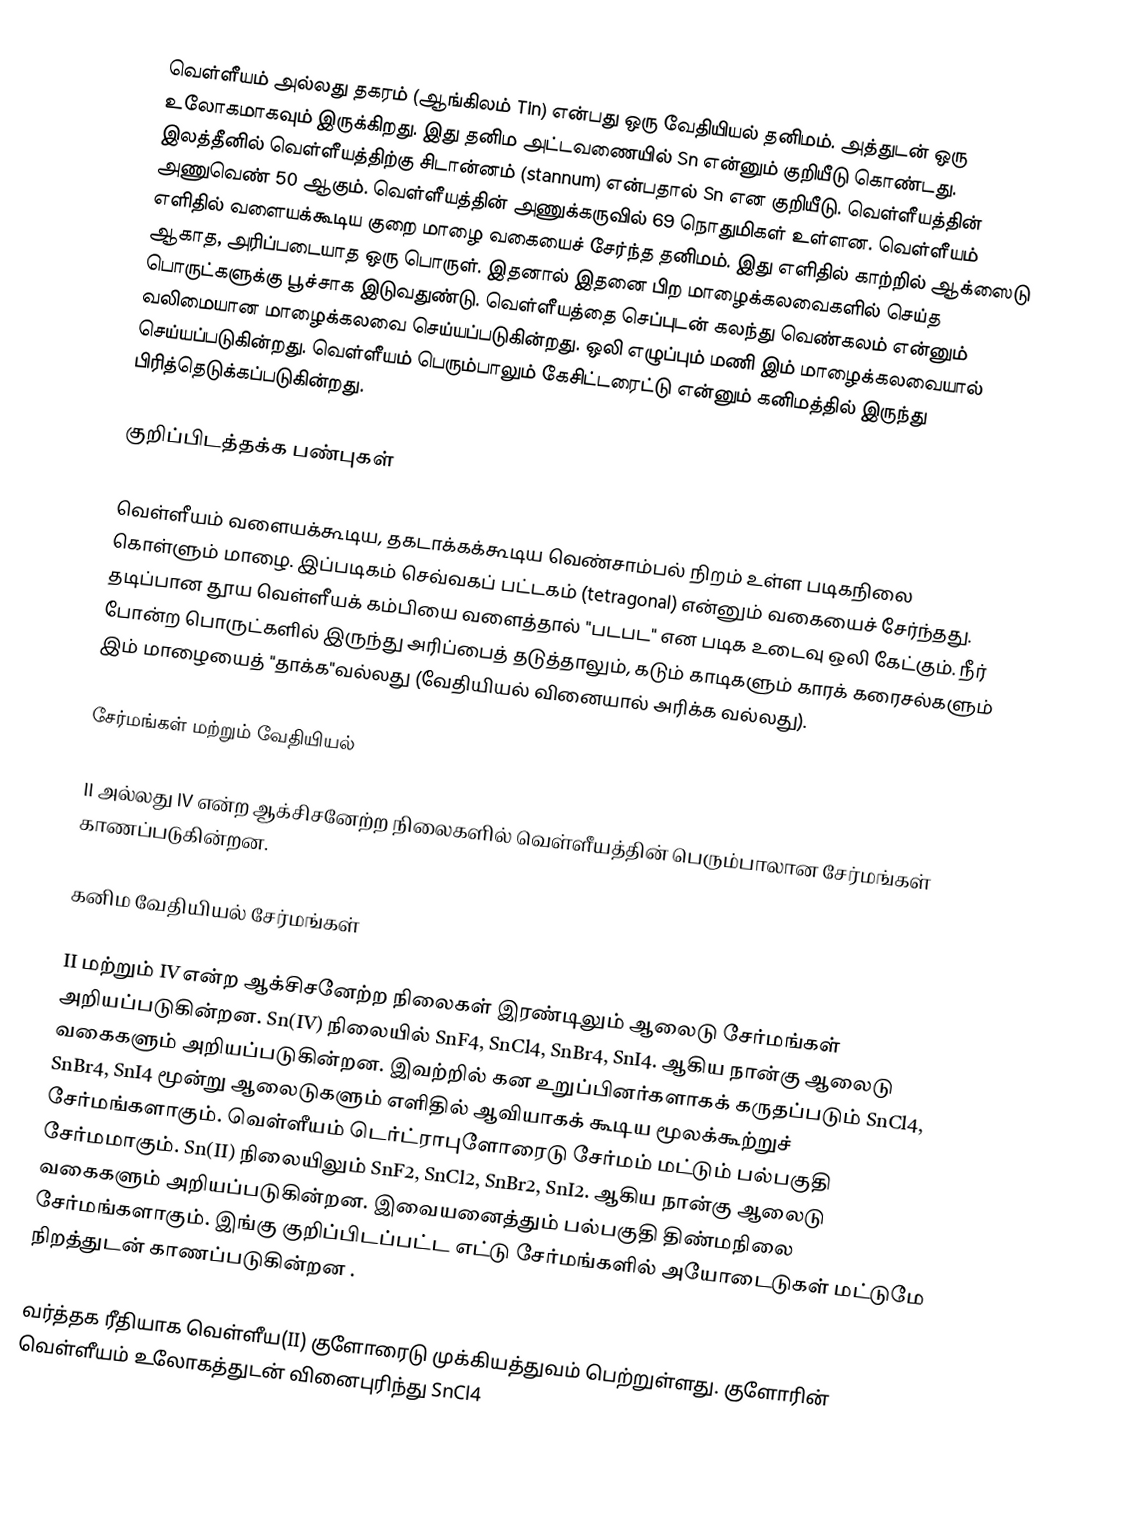
வெள்ளீயம் அல்லது தகரம் (ஆங்கிலம் Tin) என்பது ஒரு வேதியியல் தனிமம். அத்துடன் ஒரு உலோகமாகவும் இருக்கிறது. இது தனிம அட்டவணையில் Sn என்னும் குறியீடு கொண்டது.  இலத்தீனில் வெள்ளீயத்திற்கு சிடான்னம் (stannum) என்பதால் Sn என குறியீடு. வெள்ளீயத்தின் அணுவெண் 50 ஆகும். வெள்ளீயத்தின் அணுக்கருவில் 69 நொதுமிகள் உள்ளன. வெள்ளீயம் எளிதில் வளையக்கூடிய குறை மாழை வகையைச் சேர்ந்த தனிமம். இது எளிதில் காற்றில் ஆக்ஸைடு ஆகாத, அரிப்படையாத ஒரு பொருள். இதனால் இதனை பிற மாழைக்கலவைகளில் செய்த பொருட்களுக்கு பூச்சாக இடுவதுண்டு. வெள்ளீயத்தை செப்புடன் கலந்து வெண்கலம் என்னும் வலிமையான மாழைக்கலவை செய்யப்படுகின்றது. ஒலி எழுப்பும் மணி இம் மாழைக்கலவையால் செய்யப்படுகின்றது. வெள்ளீயம் பெரும்பாலும் கேசிட்டரைட்டு  என்னும் கனிமத்தில் இருந்து பிரித்தெடுக்கப்படுகின்றது.

குறிப்பிடத்தக்க பண்புகள்

வெள்ளீயம் வளையக்கூடிய, தகடாக்கக்கூடிய வெண்சாம்பல் நிறம் உள்ள படிகநிலை கொள்ளும் மாழை. இப்படிகம் செவ்வகப் பட்டகம் (tetragonal) என்னும் வகையைச் சேர்ந்தது. தடிப்பான தூய வெள்ளீயக் கம்பியை வளைத்தால் "படபட" என படிக உடைவு ஒலி கேட்கும். நீர் போன்ற பொருட்களில் இருந்து அரிப்பைத் தடுத்தாலும், கடும் காடிகளும் காரக் கரைசல்களும் இம் மாழையைத் "தாக்க"வல்லது (வேதியியல் வினையால் அரிக்க வல்லது).

சேர்மங்கள் மற்றும் வேதியியல்

II அல்லது IV என்ற ஆக்சிசனேற்ற நிலைகளில் வெள்ளீயத்தின் பெரும்பாலான சேர்மங்கள் காணப்படுகின்றன.

கனிம வேதியியல் சேர்மங்கள்

II மற்றும் IV என்ற ஆக்சிசனேற்ற நிலைகள் இரண்டிலும் ஆலைடு சேர்மங்கள் அறியப்படுகின்றன. Sn(IV) நிலையில் SnF4, SnCl4, SnBr4, SnI4. ஆகிய நான்கு ஆலைடு வகைகளும் அறியப்படுகின்றன. இவற்றில் கன உறுப்பினர்களாகக் கருதப்படும் SnCl4, SnBr4, SnI4 மூன்று ஆலைடுகளும் எளிதில் ஆவியாகக் கூடிய மூலக்கூற்றுச் சேர்மங்களாகும். வெள்ளீயம் டெர்ட்ராபுளோரைடு சேர்மம் மட்டும் பல்பகுதி சேர்மமாகும். Sn(II) நிலையிலும் SnF2, SnCl2, SnBr2, SnI2. ஆகிய நான்கு ஆலைடு வகைகளும் அறியப்படுகின்றன. இவையனைத்தும் பல்பகுதி திண்மநிலை சேர்மங்களாகும். இங்கு குறிப்பிடப்பட்ட எட்டு சேர்மங்களில் அயோடைடுகள் மட்டுமே நிறத்துடன் காணப்படுகின்றன .

வர்த்தக ரீதியாக வெள்ளீய(II) குளோரைடு முக்கியத்துவம் பெற்றுள்ளது. குளோரின் வெள்ளீயம் உலோகத்துடன் வினைபுரிந்து SnCl4